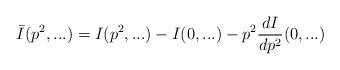
LaTeX: \begin{align*}\bar {I} (p^2,...) = I (p^2,...) - I (0,...) - p^2 \frac{dI}{dp^2}(0,...) \end{align*}